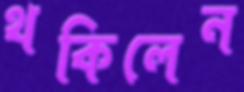
থকিলেন